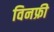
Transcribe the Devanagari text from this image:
विनफ्री